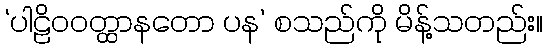
‘ပါဠိဝဝတ္ထာနတော ပန’ စသည်ကို မိန့်သတည်း။